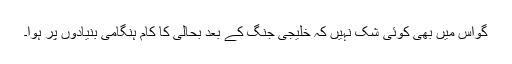
گواس میں بھی کوئی شک نہیں کہ خلیجی جنگ کے بعد بحالی کا کام ہنگامی بنیادوں پر ہوا۔